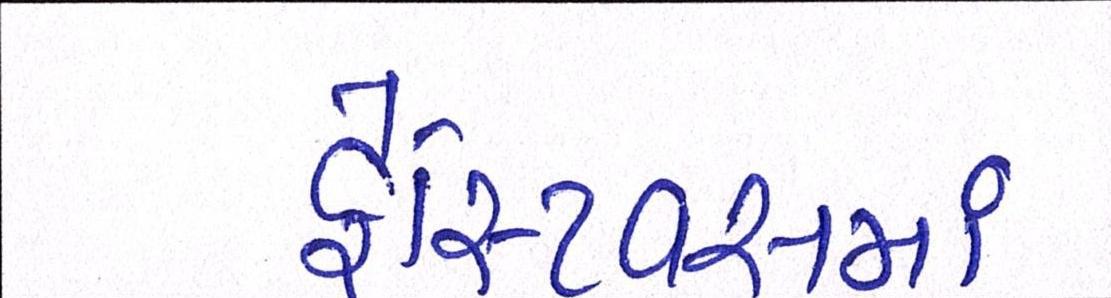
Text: ફેસ્ટિવસમાં